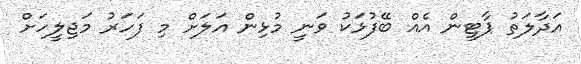
އަދާލަތު ޕާޓީން އެއް ބޭފުޅަކު ވަނީ މުޅިން އަލަށް މި ފަހަރު މަޖިލީހަށް